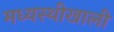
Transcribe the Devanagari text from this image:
मध्यस्थीखाली